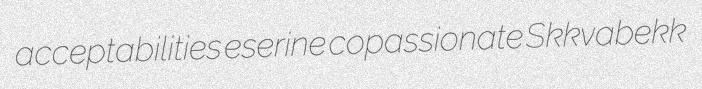
acceptabilities eserine copassionate Skkvabekk